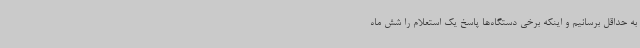
به حداقل برسانیم و اینکه برخی دستگاه‌ها پاسخ یک استعلام را شش ماه